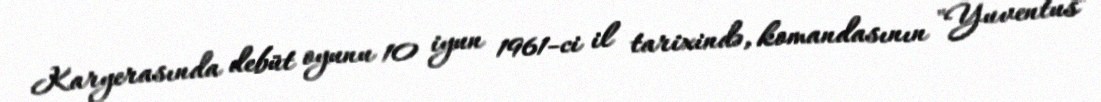
Karyerasında debüt oyunu 10 iyun 1961-ci il tarixində, komandasının "Yuventus"